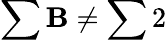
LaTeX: \sum\mathbf{B}\neq\sum2